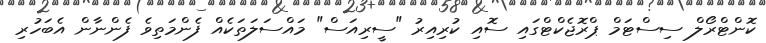
ކޮންޓްރޯލް ސިސްޓަމް ޕްރޮޖެކްޓްގައި ސޮއި ކުރިއިރު "ސީރިއަސް" މައްސަލަތަކެއް ފެންމަތިވެ ފެންނާން އެބަހުރި